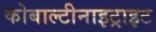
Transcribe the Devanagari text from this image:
कोबाल्टीनाइट्राइट